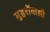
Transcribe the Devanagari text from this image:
मुहरोंवाली